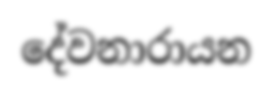
දේවනාරායන